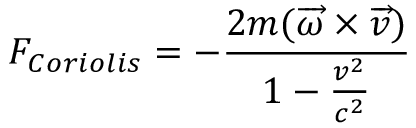
F _ { C o r i o l i s } = - \frac { 2 m ( \overrightarrow { \omega } \times \overrightarrow { v } ) } { 1 - \frac { v ^ { 2 } } { c ^ { 2 } } }